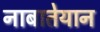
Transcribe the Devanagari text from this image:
नाबातेयान